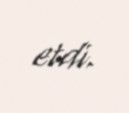
etdi.